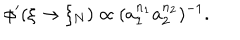
\phi ^ { \prime } ( \xi \rightarrow \xi _ { N } ) \propto ( a _ { 1 } ^ { n _ { 1 } } a _ { 2 } ^ { n _ { 2 } } ) ^ { - 1 } .